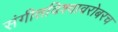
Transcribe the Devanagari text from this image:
संगीतविश्वावरोबरच